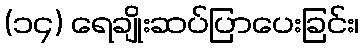
(၁၄) ရေချိုးဆပ်ပြာပေးခြင်း၊